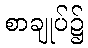
စာချုပ်၌